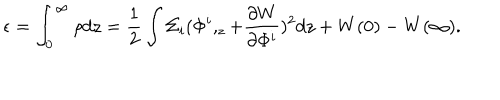
\epsilon = \int _ { 0 } ^ { \infty } \rho d z = \frac 1 2 \int \Sigma _ { i } ( \Phi ^ { i } , _ { z } + \frac { \partial W } { \partial \Phi ^ { i } } ) ^ { 2 } d z + W ( 0 ) - W ( \infty ) .